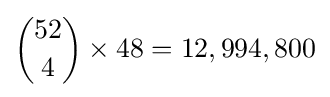
{52 \choose 4}\times 48=12,994,800